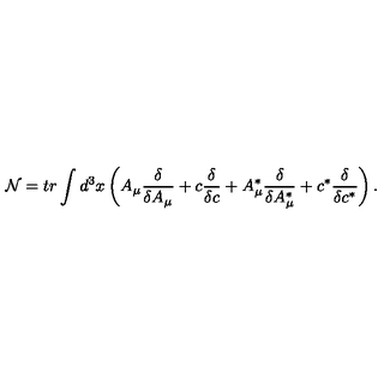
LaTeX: \mathcal { N } = t r \int d ^ { 3 } x \left( A _ { \mu } \frac \delta { \delta A _ { \mu } } + c \frac \delta { \delta c } + A _ { \mu } ^ { * } \frac \delta { \delta A _ { \mu } ^ { * } } + c ^ { * } \frac \delta { \delta c ^ { * } } \right) .